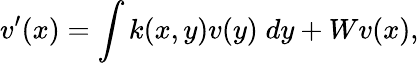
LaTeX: v^{\prime}(x)=\int k(x,y)v(y)\; dy+Wv(x),